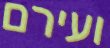
ועירם